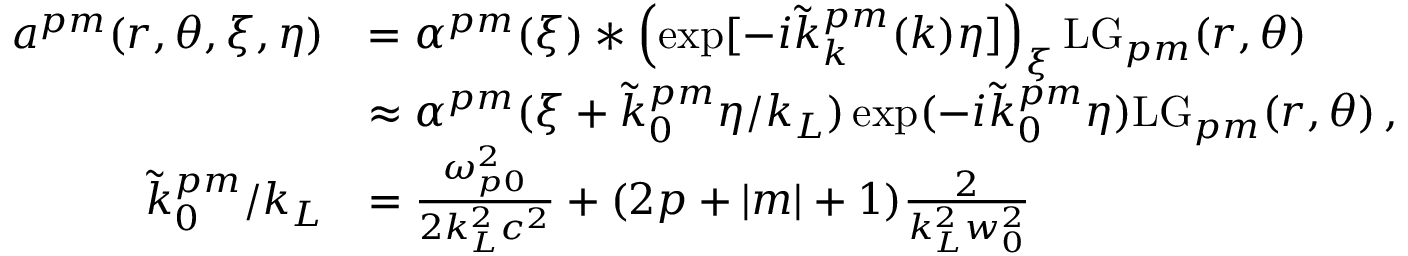
\begin{array} { r l } { a ^ { p m } ( r , \theta , \xi , \eta ) } & { = \alpha ^ { p m } ( \xi ) \ast \left( \exp [ - i \tilde { k } _ { k } ^ { p m } ( k ) \eta ] \right) _ { \xi } \mathrm { L G } _ { p m } ( r , \theta ) } \\ & { \approx \alpha ^ { p m } ( \xi + \tilde { k } _ { 0 } ^ { p m } \eta / k _ { L } ) \exp ( - i \tilde { k } _ { 0 } ^ { p m } \eta ) \mathrm { L G } _ { p m } ( r , \theta ) \, , } \\ { \tilde { k } _ { 0 } ^ { p m } / k _ { L } } & { = \frac { \omega _ { p 0 } ^ { 2 } } { 2 k _ { L } ^ { 2 } c ^ { 2 } } + ( 2 p + | m | + 1 ) \frac { 2 } { k _ { L } ^ { 2 } w _ { 0 } ^ { 2 } } } \end{array}